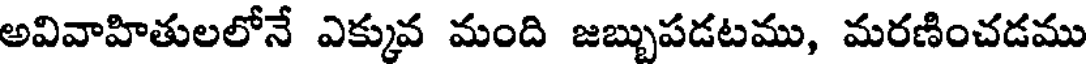
అవివాహితులలోనే ఎక్కువ మంది జబ్బుపడటము, మరణించడము